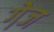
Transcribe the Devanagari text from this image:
गे़ज